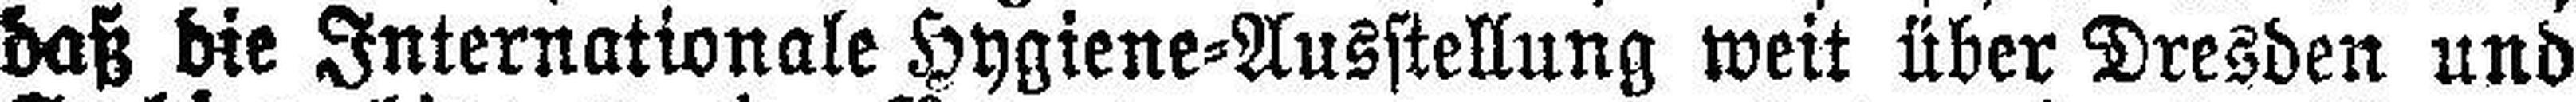
daß die Internationale Hygiene=Ausstellung weit über Dresden und